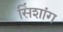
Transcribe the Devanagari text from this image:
सिंशांग